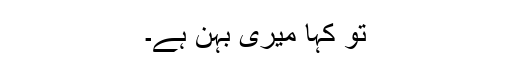
تو کہا میری بہن ہے۔